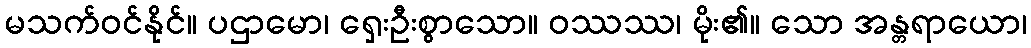
မသက်ဝင်နိုင်။ ပဌာမော၊ ရှေးဦးစွာသော။ ဝဿဿ၊ မိုး၏။ သော အန္တရာယော၊